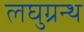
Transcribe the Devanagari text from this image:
लघुग्रन्थ